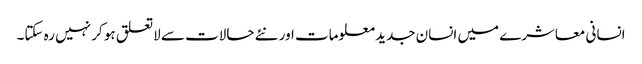
انسانی معاشرے میں انسان جدید معلومات اور نئے حالات سے لاتعلق ہو کر نہیں رہ سکتا۔